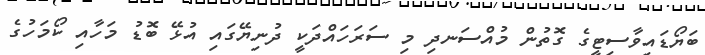
ބަޔޯޑައިވާސިޓީގެ ގޮތުން މުއްސަނދި މި ސަރަހައްދަކީ ދުނިޔޭގައި އުޅޭ ބޮޑު މަހާއި ކޯމަހުގެ